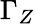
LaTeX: \Gamma_{Z}